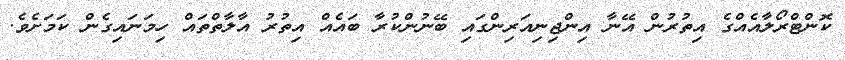
ކޮންޓްރޯލާއެއްގެ އިތުރުން އޭނާ އިންޖިނިއަރިންގައި ބޭނުންކުރާ ބައެއް އިތުރު އާލާތްތައް ހިމަނައިގެން ކަމަށެވެ.